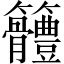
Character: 𥸠